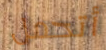
أتحمل